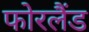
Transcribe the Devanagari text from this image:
फोरलैंड